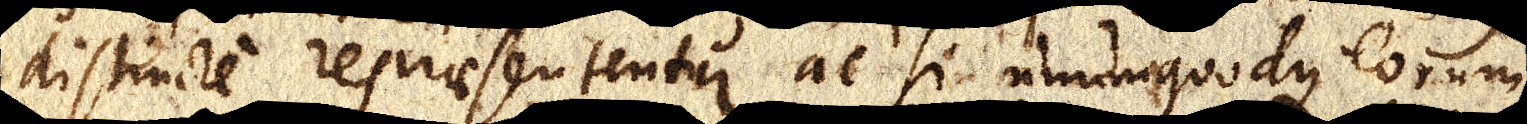
distincte repraesententur ac si unumquodque eorum